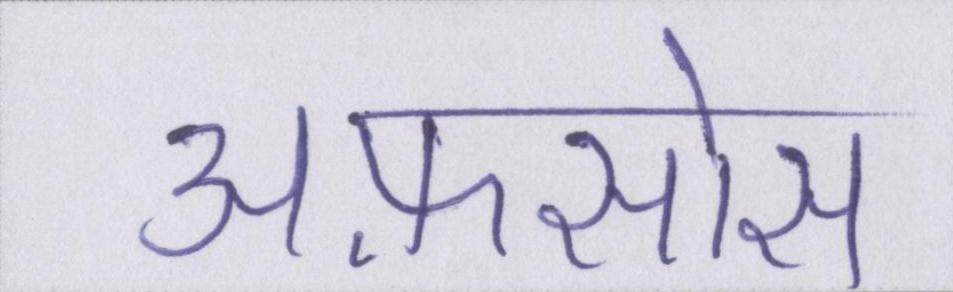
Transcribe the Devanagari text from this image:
अफ़सोस